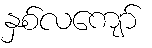
နှစ်လကျော်